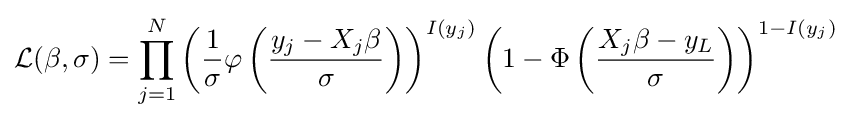
{\mathcal {L}}(\beta ,\sigma )=\prod _{j=1}^{N}\left({\frac {1}{\sigma }}\varphi \left({\frac {y_{j}-X_{j}\beta }{\sigma }}\right)\right)^{I(y_{j})}\left(1-\Phi \left({\frac {X_{j}\beta -y_{L}}{\sigma }}\right)\right)^{1-I(y_{j})}